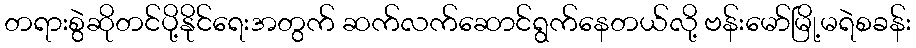
တရားစွဲဆိုတင်ပို့နိုင်ရေးအတွက် ဆက်လက်ဆောင်ရွက်နေတယ်လို့ ဗန်းမော်မြို့မရဲစခန်း